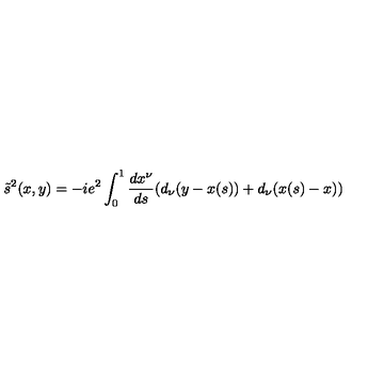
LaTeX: \tilde { s } ^ { 2 } ( x , y ) = - i e ^ { 2 } \int _ { 0 } ^ { 1 } \frac { d x ^ { \nu } } { d s } ( d _ { \nu } ( y - x ( s ) ) + d _ { \nu } ( x ( s ) - x ) )